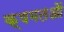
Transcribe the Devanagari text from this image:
क्षमतओं